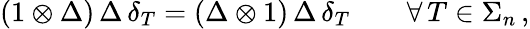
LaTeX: (1\otimes\Delta)\, \Delta\, \delta_{T}=(\Delta\otimes 1)\, \Delta\, \delta_{T}\qquad\forall\, T\in\Sigma_{n}\, ,